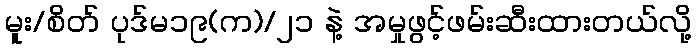
မူး/စိတ် ပုဒ်မ၁၉(က)/၂၁ နဲ့ အမှုဖွင့်ဖမ်းဆီးထားတယ်လို့